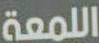
اللمعة